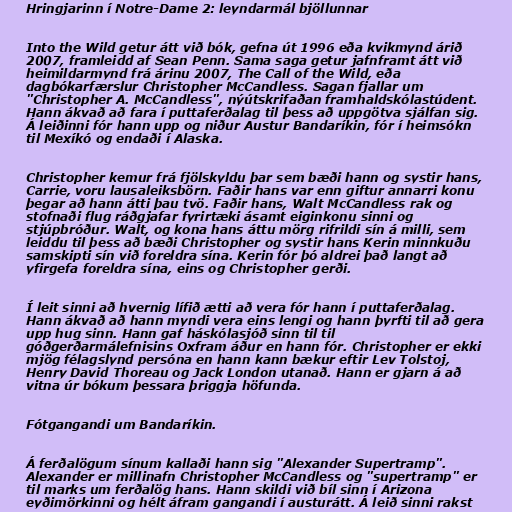
Hringjarinn í Notre-Dame 2: leyndarmál bjöllunnar

Into the Wild getur átt við bók, gefna út 1996 eða kvikmynd árið
2007, framleidd af Sean Penn. Sama saga getur jafnframt átt við
heimildarmynd frá árinu 2007, The Call of the Wild, eða
dagbókarfærslur Christopher McCandless. Sagan fjallar um
"Christopher A. McCandless", nýútskrifaðan framhaldskólastúdent.
Hann ákvað að fara í puttaferðalag til þess að uppgötva sjálfan sig.
Á leiðinni fór hann upp og niður Austur Bandaríkin, fór í heimsókn
til Mexíkó og endaði í Alaska.

Christopher kemur frá fjölskyldu þar sem bæði hann og systir hans,
Carrie, voru lausaleiksbörn. Faðir hans var enn giftur annarri konu
þegar að hann átti þau tvö. Faðir hans, Walt McCandless rak og
stofnaði flug ráðgjafar fyrirtæki ásamt eiginkonu sinni og
stjúpbróður. Walt, og kona hans áttu mörg rifrildi sín á milli, sem
leiddu til þess að bæði Christopher og systir hans Kerin minnkuðu
samskipti sín við foreldra sína. Kerin fór þó aldrei það langt að
yfirgefa foreldra sína, eins og Christopher gerði.

Í leit sinni að hvernig lífið ætti að vera fór hann í puttaferðalag.
Hann ákvað að hann myndi vera eins lengi og hann þyrfti til að gera
upp hug sinn. Hann gaf háskólasjóð sinn til til
góðgerðarmálefnisins Oxfram áður en hann fór. Christopher er ekki
mjög félagslynd persóna en hann kann bækur eftir Lev Tolstoj,
Henry David Thoreau og Jack London utanað. Hann er gjarn á að
vitna úr bókum þessara þriggja höfunda.

Fótgangandi um Bandaríkin.

Á ferðalögum sínum kallaði hann sig "Alexander Supertramp".
Alexander er millinafn Christopher McCandless og "supertramp" er
til marks um ferðalög hans. Hann skildi við bíl sinn í Arizona
eyðimörkinni og hélt áfram gangandi í austurátt. Á leið sinni rakst